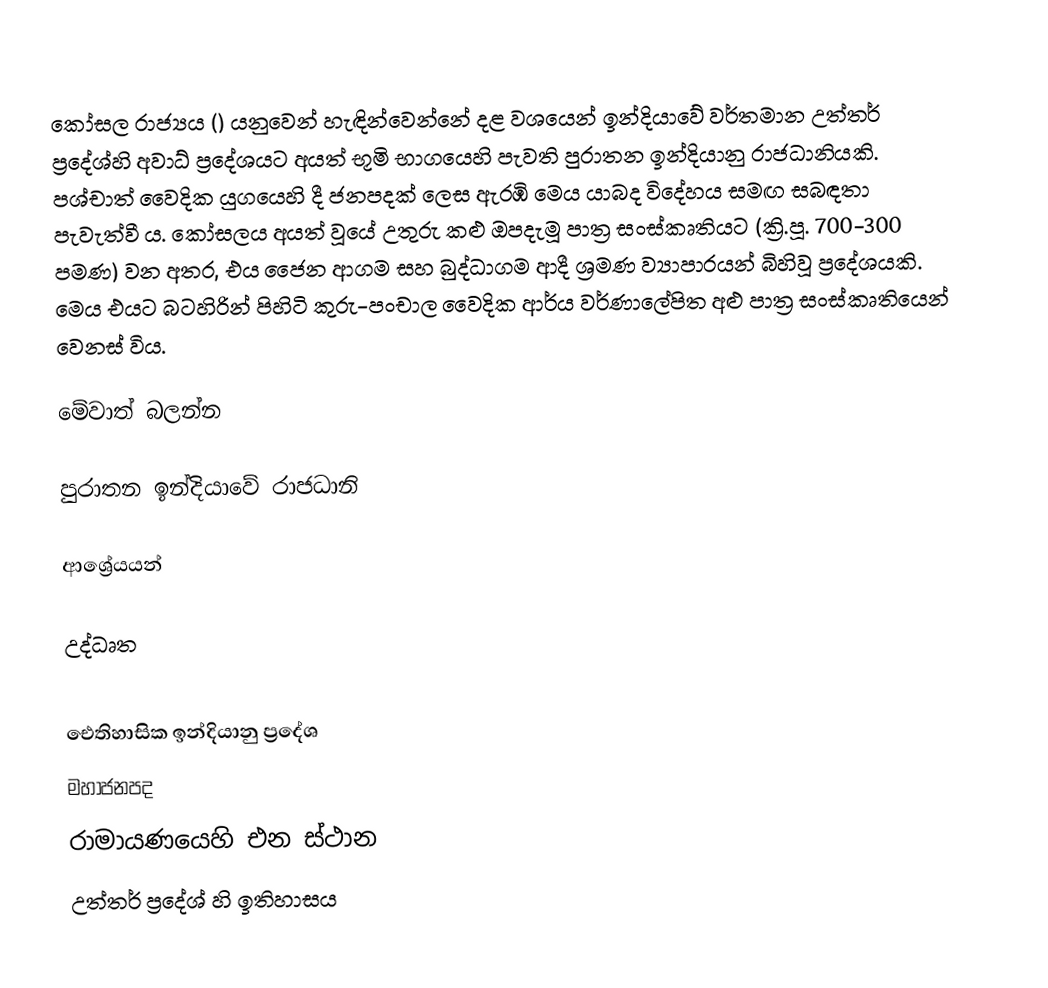
කෝසල රාජ්‍යය () යනුවෙන් හැඳින්වෙන්නේ දළ වශයෙන් ඉන්දියාවේ වර්තමාන උත්තර් ප්‍රදේශ්හි අවාධ් ප්‍රදේශයට අයත් භූමි භාගයෙහි පැවති පුරාතන ඉන්දියානු රාජධානියකි. පශ්චාත් වෛදික යුගයෙහි දී ජනපදක් ලෙස ඇරඹි මෙය යාබද විදේහය සමඟ සබඳතා පැවැත්වී ය. කෝසලය අයත් වූයේ උතුරු කළු ඔපදැමූ පාත්‍ර සංස්කෘතියට (ක්‍රි.පූ. 700-300 පමණ) වන අතර, එය ජෛන ආගම සහ බුද්ධාගම ආදී ශ්‍රමණ ව්‍යාපාරයන් බිහිවූ ප්‍රදේශයකි. මෙය එයට බටහිරින් පිහිටි කුරු-පංචාල වෛදික ආර්ය වර්ණාලේපිත අළු පාත්‍ර සංස්කෘතියෙන් වෙනස් විය.

මේවාත් බලන්න

පුරාතන ඉන්දියාවේ රාජධානි

ආශ්‍රේයයන්

උද්ධෘත

ඓතිහාසික ඉන්දියානු ප්‍රදේශ
මහාජනපද
රාමායණයෙහි එන ස්ථාන
උත්තර් ප්‍රදේශ් හි ඉතිහාසය